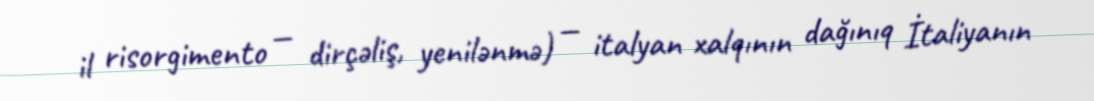
il risorgimento — dirçəliş, yenilənmə) — italyan xalqının dağınıq İtaliyanın